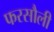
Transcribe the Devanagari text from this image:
फरसौली